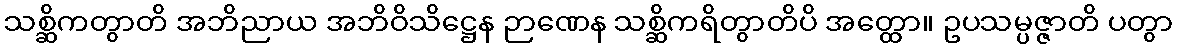
သစ္ဆိကတွာတိ အဘိညာယ အဘိဝိသိဋ္ဌေန ဉာဏေန သစ္ဆိကရိတွာတိပိ အတ္ထော။ ဥပသမ္ပဇ္ဇာတိ ပတွာ